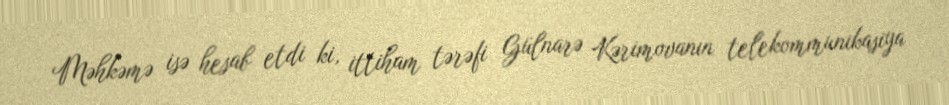
Məhkəmə isə hesab etdi ki, ittiham tərəfi Gülnarə Kərimovanın telekommunikasiya